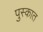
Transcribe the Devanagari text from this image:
पुस्कात